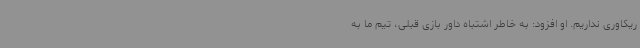
ریکاوری نداریم. او افزود: به خاطر اشتباه داور بازی قبلی، تیم ما به